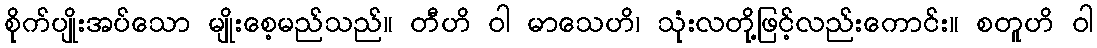
စိုက်ပျိုးအပ်သော မျိုးစေ့မည်သည်။ တီဟိ ဝါ မာသေဟိ၊ သုံးလတို့ဖြင့်လည်းကောင်း။ စတူဟိ ဝါ